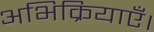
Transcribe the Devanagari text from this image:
अभिक्रियाएँ।